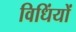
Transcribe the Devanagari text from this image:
विधिंयों